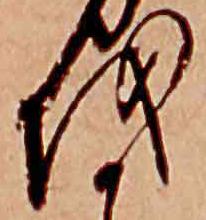
を